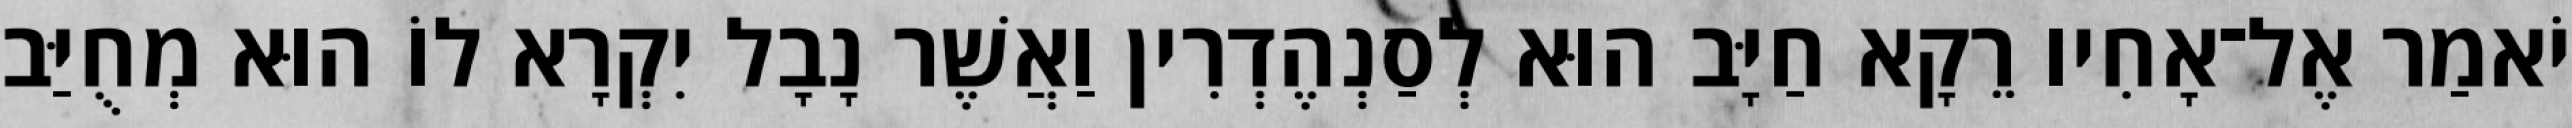
יֹאמַר אֶל־אָחִיו רֵקָא חַיָּב הוּא לְסַנְהֶדְרִין וַאֲשֶׁר נָבָל יִקְרָא לוֹ הוּא מְחֻיַּב